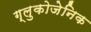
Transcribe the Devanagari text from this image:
ग्लुकोजेनिक